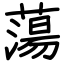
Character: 蕩